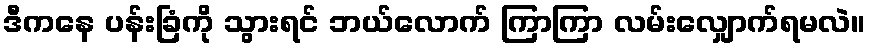
ဒီကနေ ပန်းခြံကို သွားရင် ဘယ်လောက် ကြာကြာ လမ်းလျှောက်ရမလဲ။